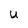
Character: U